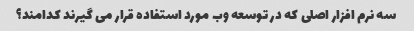
سه نرم افزار اصلی که در توسعه وب مورد استفاده قرار می گیرند کدامند؟